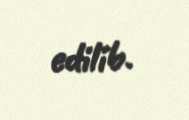
edilib.